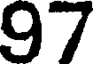
97